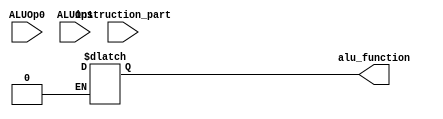
module ALUControl(ALUOp0, ALUOp1, instruction_part, alu_function);

    input ALUOp0, ALUOp1;
    input [9:0] instruction_part;
    output reg [3:0] alu_function;

    assign important_bits = {ALUOp0, ALUOp1, instruction_part}; 	

    always @ (ALUOp0, ALUOp1, instruction_part) begin
        casex(important_bits)
                12'b00xxxxxxxxxx: ALUFunc=4'b0010; // ADD
                12'bx1xxxxxxxxxx: ALUFunc=4'b0110; // SUB
                12'b1x0000000000: ALUFunc=4'b0010; // ADD
                12'b1x0100000000: ALUFunc=4'b0110; // SUB 
                12'b1x0000000111: ALUFunc=4'b0000; // AND
                12'b1x0000000110: ALUFunc=4'b0001; // OR
            default: alu_function = 4'bz;
        endcase

    end

endmodule